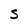
Character: S